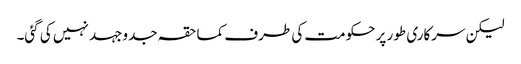
لیکن سرکاری طور پر حکومت کی طرف کماحقہ جدوجہد نہیں کی گئی۔